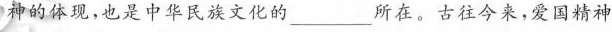
神的体现，也是中华民族文化的____________所在。古往今来，爱国精神